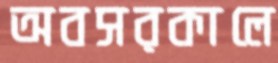
অবসরকালে